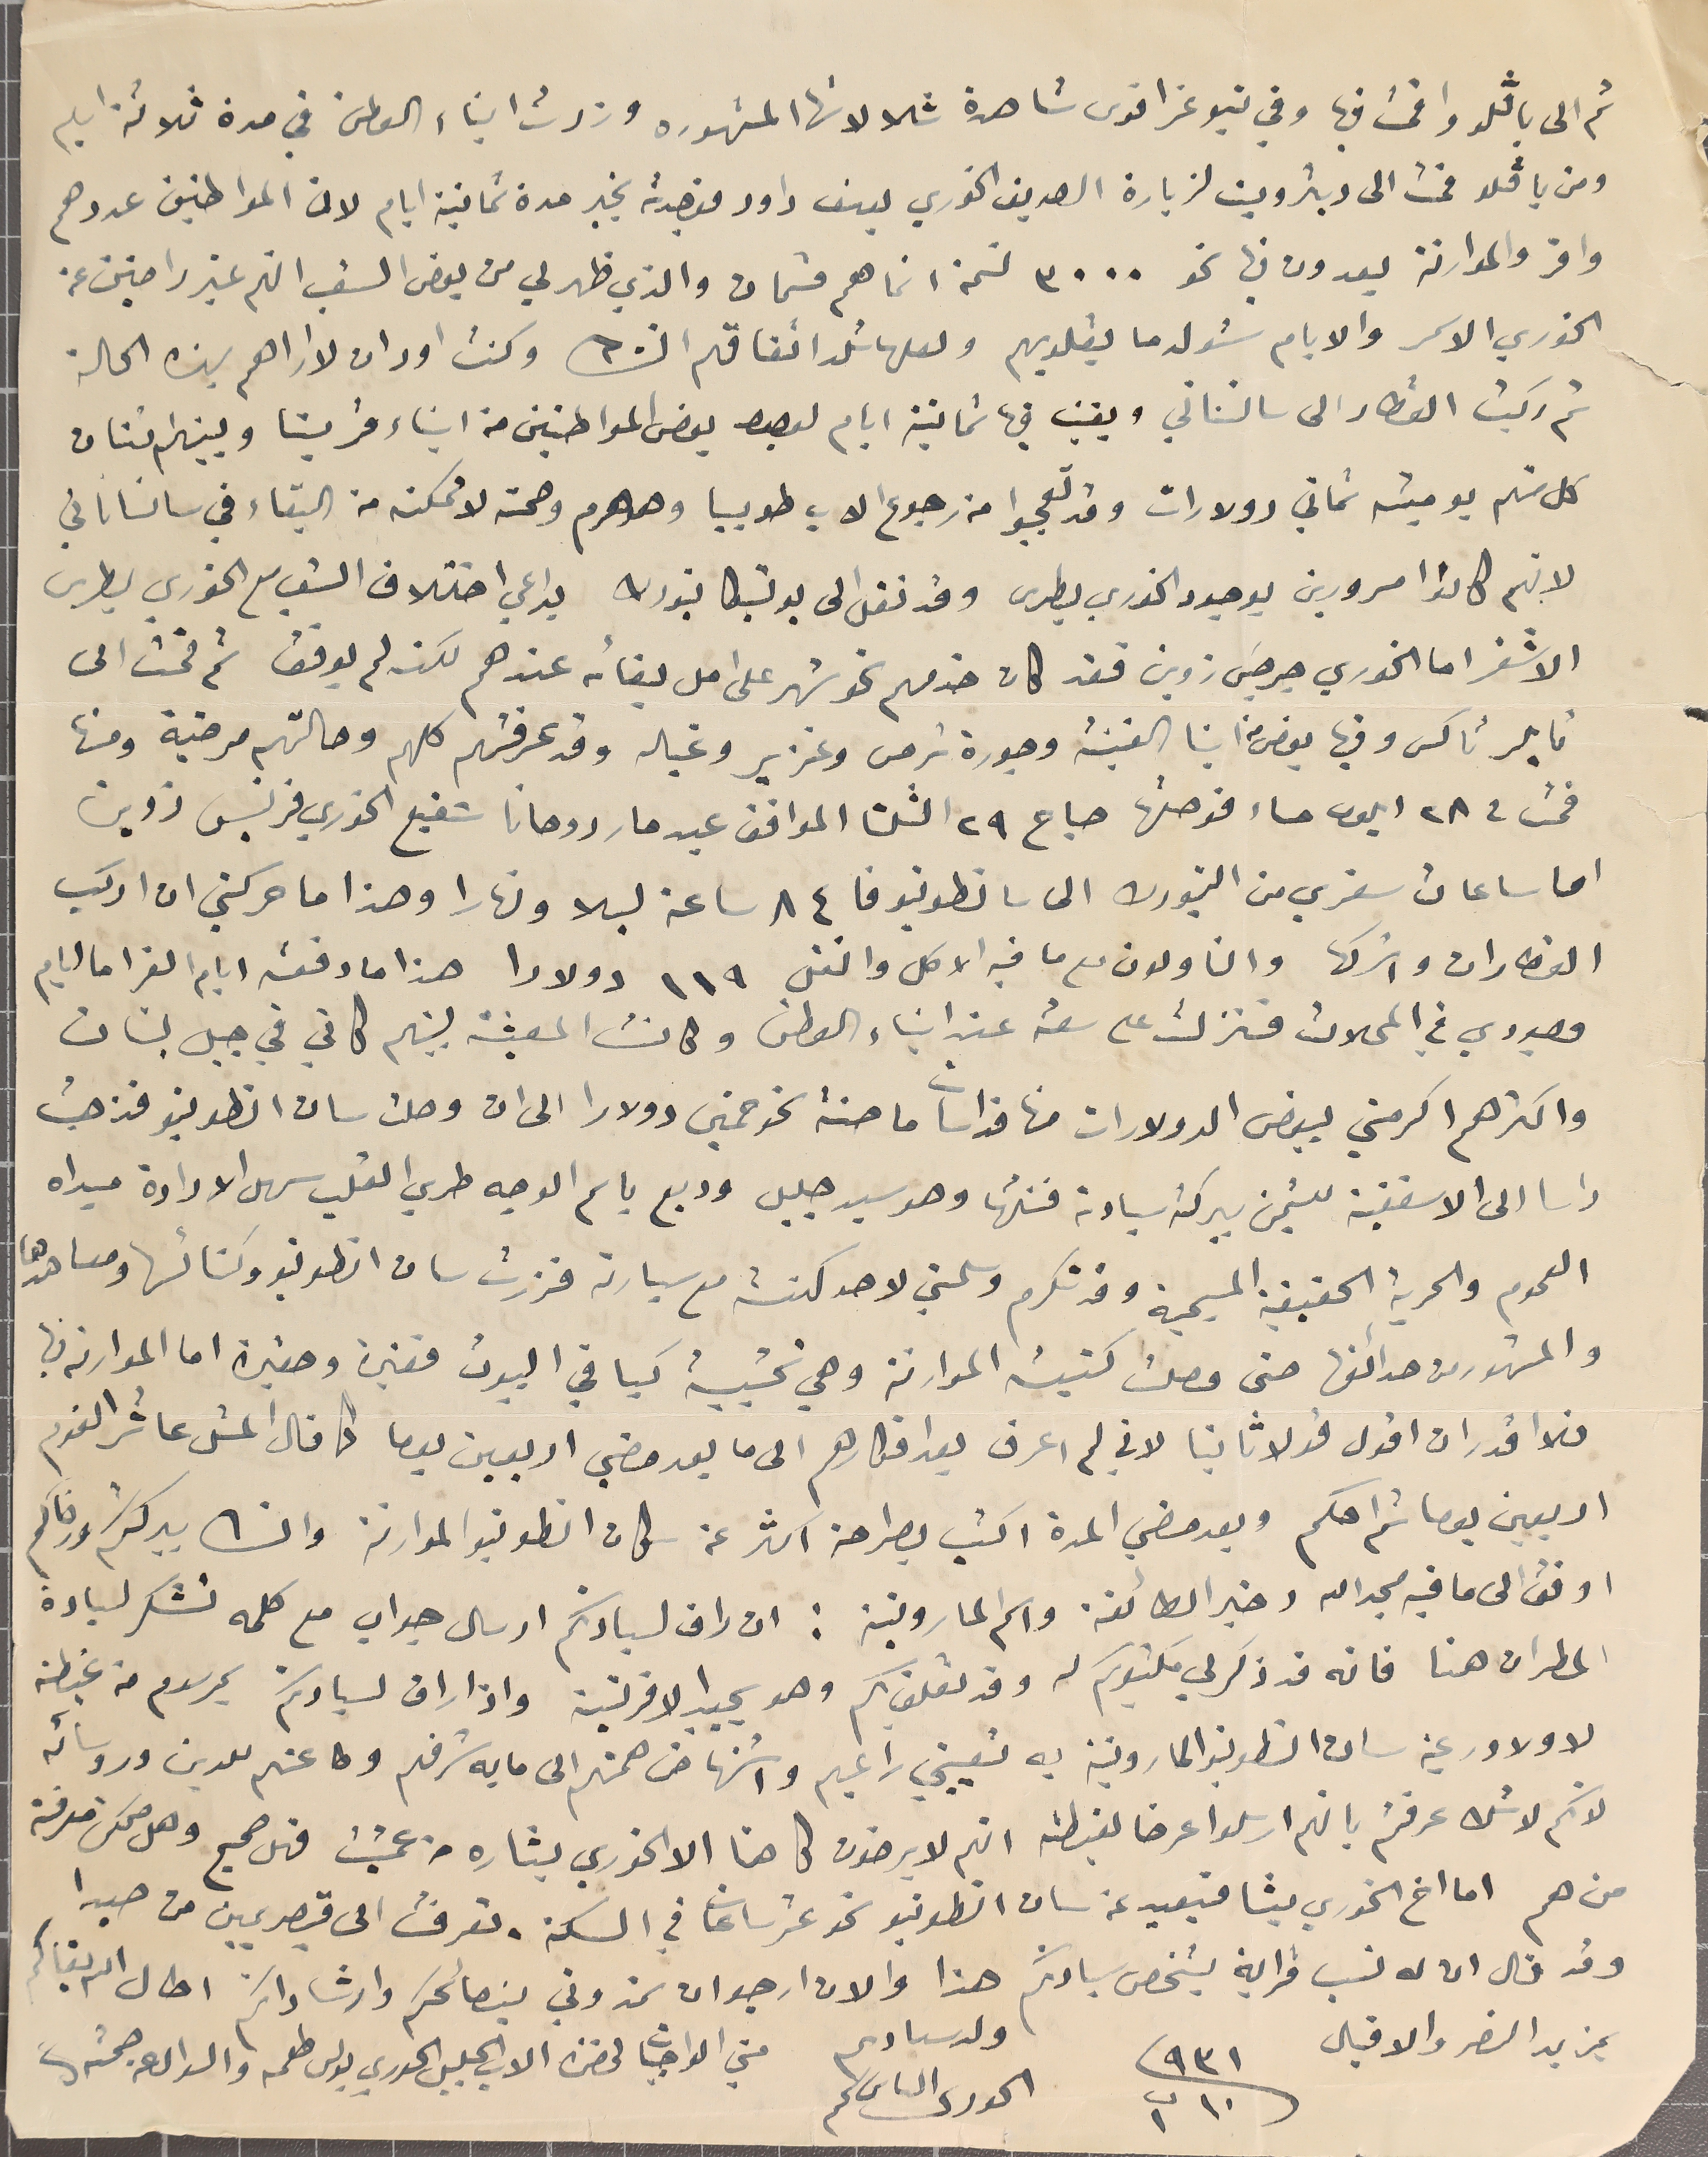
ثم الى باڤلو واقمت فيها وفي نيوغراقوى شاهدة شلالاتها المشهوره وزرتُ ابناء الوطن في مدة ثلاثة ايام
ومن باڤلو الى ديترويت لزيارة الصديق الخوري يوسف داود فوجدته بخير مدة ثمانية ايام لان المواطنين عددهم
وافر والموارنة يعدون فيها نحو ٣٠٠٠ نسمة انما هم قسمان والذي ظهر لي من بعض الشعب انهم غير راضيين عن
الخوري الاسمر والايام ستولد ما بقلوبهم ولعلها تلد اتفاقهم انشالله وكنت اود ان لا اراهم بهذه الحالة
ثم ركبت القطار الى سانسناتي وبقيت فيها ثمانية ايام لوجود بعض المواطنين من ابناء قريتنا وبينهم اثنان
كل منهم يوميته ثماني دولارات وقد تعجبوا من رجوع الاب طوبيا وهو هرم وصحته لا ممكنه من البقاء في سانساناتي
لانهم كانو مسرورين بوجود الخوري بطرس وقد نقل الى يوتيكا نيورك بداعي اختلاف الشعب مع الخوري بطرس
الاشقر اما الخوري جرجسَ زوين فقد كان خدمهم نحو شهر على امل بقائه عندهم لكنه لم يوفق ثم قمت الى
 تايلرتاكس وفيها بعض من ابنا الغينة وجورة ترمس وغزير وغباله وقد عرفتهم كلهم وحالتهم مرضية ومنها
قمت فى ٢٨ ايلول مساء فوصلتها صباح ٢٩ الثلثا الموافق عيد مار روحانا شفيع الخوري فرنسيس زوين
اما ساعات سفري من النيورك الى سانطونيو فا ٨٤ ساعة ليلا ونهارا وهذا ما حركني ان اركب
القطارات واشركها والناولون مع ما فيه الاكل والنقل ١١٩ دولارا هذا ما دفعته ايام العز اما ايام
وجودي في المحلات فنزلت على سعة عند ابناء الوطن وكانت المعيشة بينهم كاني في جبل لبنان
واكثرهم اكرمني ببعض الدولارات منها قداسات ماحنة نحو خمسين دولارا الى ان وصلت سان انطونيو فذهبت
راسا الى الاسقفية للتيمن ببركة سيادته فنلتها وهو سيد جليل وديع باسم الوجه طري القلب سهل الارادة مبداه
العموم والحرية الحقيقية المسيحية وقد تكرم وسلمني لاحد كهنته مع سيارته فزرت سان انطونيو وكنائسها ومعاهدها
والمشهور من حدائقها حتى وصلت كنيسة الموارنة وهي خشبية كباقي البيوت فقيرة وصغيرة اما الموارنه فيها
فلا اقدر ان اقول قولا ثانيا لاني لم اعرف بعد افكارهم الى ما بعد مضي اربعين يوما كما قال المثل عاشر القوم
اربعين يوما ثم احكم وبعد مضي المدة اكتب بصراحة اكثر عن سكان انطونيو الموارنة وانشالله ببركتكم ورضاكم
 اوفق الى ما فيه مجدالله وخير الطائفة واسَم المارونية : ان راق لسيادتكم ارسال جواب مع كلمه تشكر لسيادة
المطران هنا فانه قد ذكر لي مكتوبكم له وقد تعلق بكم وهو يجيد الافرنسية واذا راق لسيادتكم بمرسوم من غبطته
 لاولاد رعية سان انطونيو المارونية به تعييني راعيهم واستنهاض همتهم الى ما به شرفهم وطاعتهم للدين وروسائه
لانكم لا شك عرفتمُ بانهم ارسلوا عرضا لغبطته انهم لا يرضون كاهنا الا الخوري بشاره من عمشت فهل صحيح وهل ممكن معرفة
من هم اما اخ الخوري ليشا فبعيد عن سان انطونيو نحو عشر ساعات في السكة، تعرفت الى قيصر يمين من صيدا
وقد قال ان له نسب قرابة لشخص سيادتكم هذا والان ارجو ان تمدوني بنصائحكم وارشاداتكم اطال الله بقاكم
بمزيد النصر والاقبال
٩٣١/ ١٠ ت١
ولد سيادىم
الحورى الىاس ىحم
مني الواجبات لحضرة الاب الجليل الخوري بولس طعمه والسوال عن صحته